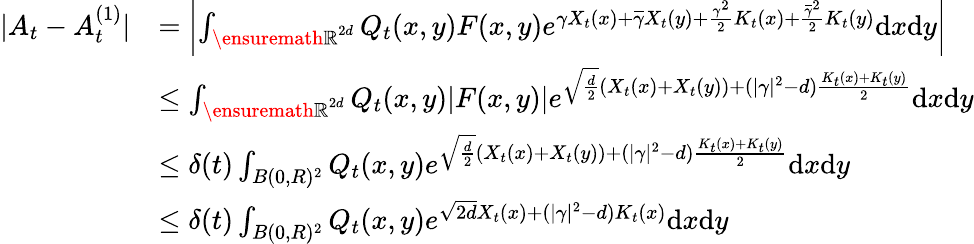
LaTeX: \begin{array}{rl}{|A_{t}-A_{t}^{(1)}|}&{=\left|\int_{{\ensuremath{\mathbb R}}^{2d}}Q_{t}(x,y)F(x,y)e^{\gamma X_{t}(x)+\overline{\gamma}X_{t}(y)+\frac{\gamma^{2}}{2}K_{t}(x)+\frac{\overline{\gamma}^{2}}{2}K_{t}(y)}\mathrm{d}x\mathrm{d}y\right|}\\ &{\le\int_{{\ensuremath{\mathbb R}}^{2d}}Q_{t}(x,y)|F(x,y)|e^{\sqrt{\frac{d}{2}}(X_{t}(x)+X_{t}(y))+(|\gamma|^{2}-d)\frac{K_{t}(x)+K_{t}(y)}{2}}\mathrm{d}x\mathrm{d}y}\\ &{\le\delta(t)\int_{B(0,R)^{2}}Q_{t}(x,y)e^{\sqrt{\frac{d}{2}}(X_{t}(x)+X_{t}(y))+(|\gamma|^{2}-d)\frac{K_{t}(x)+K_{t}(y)}{2}}\mathrm{d}x\mathrm{d}y}\\ &{\le\delta(t)\int_{B(0,R)^{2}}Q_{t}(x,y)e^{\sqrt{2d}X_{t}(x)+(|\gamma|^{2}-d)K_{t}(x)}\mathrm{d}x\mathrm{d}y}\end{array}